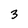
Character: 3